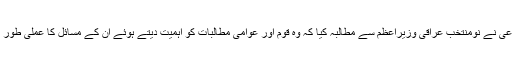
مفتی مہدی الصمیدعی نے نومنتخب عراقی وزیراعظم سے مطالبہ کیا کہ وہ قوم اور عوامی مطالبات کو اہمیت دیتے ہوئے ان کے مسائل کا عملی طور پر حل تلاش کریں۔